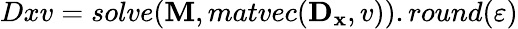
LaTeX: Dxv=solve(\mathbf{M},matvec(\mathbf{D_{x}},v)).round(\varepsilon)